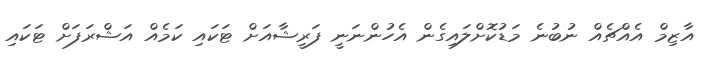
އާޒިމް އެއްޗެއް ނުބުނެ މަޑުކޮށްލައިގެން އެހުންނަނީ ފަރީޝާއަށް ޓަކައި ކަމެއް އަޝްރަފަށް ޓަކައި